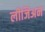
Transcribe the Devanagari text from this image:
लीजिअन